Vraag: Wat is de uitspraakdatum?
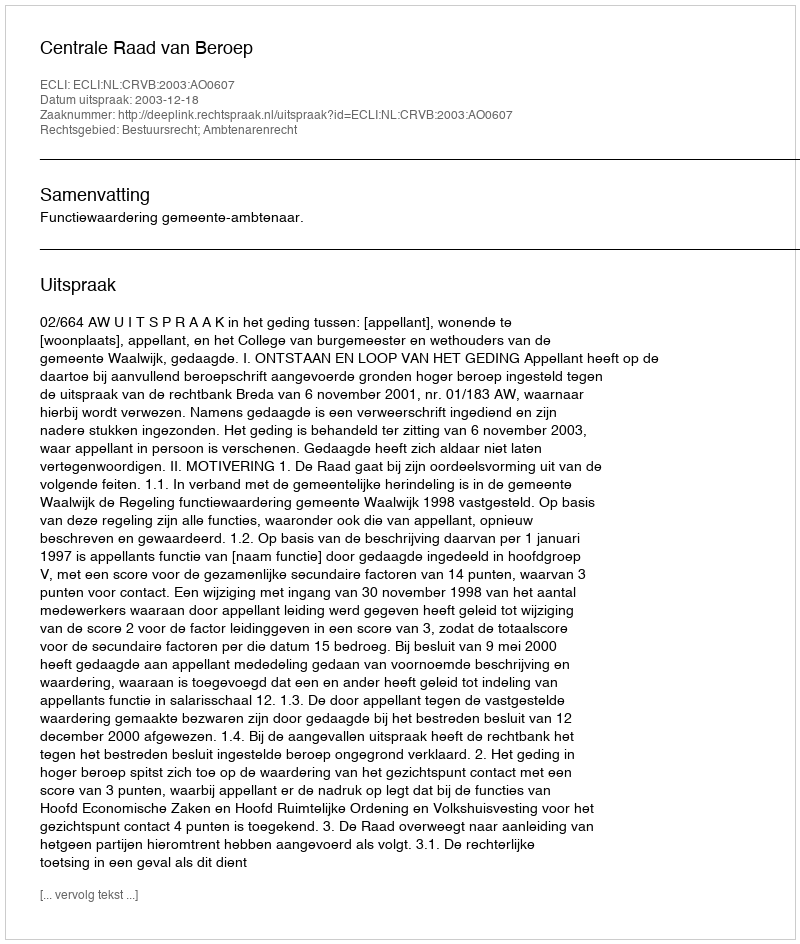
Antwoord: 2003-12-18